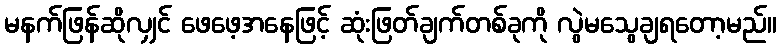
မနက်ဖြန်ဆိုလျှင် ဖေဖေ့အနေဖြင့် ဆုံးဖြတ်ချက်တစ်ခုကို လွဲမသွေချရတော့မည်။